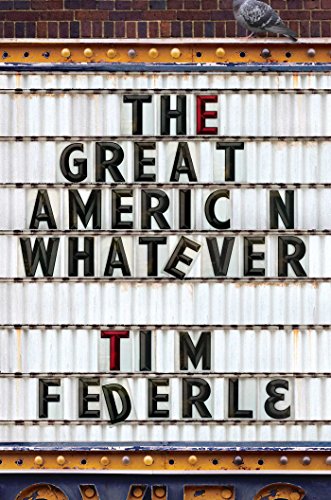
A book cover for The Great American Whatever; Tim Federle; Teen & Young Adult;